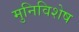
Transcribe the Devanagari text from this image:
मुनिविशेष